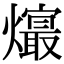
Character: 𤑧